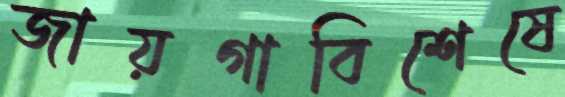
জায়গাবিশেষে